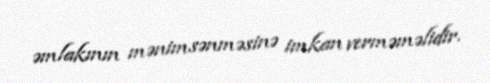
əmlakının mənimsənməsinə imkan verməməlidir.